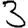
Digit: 3